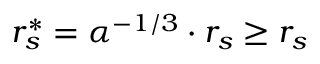
r _ { s } ^ { * } = \alpha ^ { - 1 / 3 } \cdot r _ { s } \ge r _ { s }